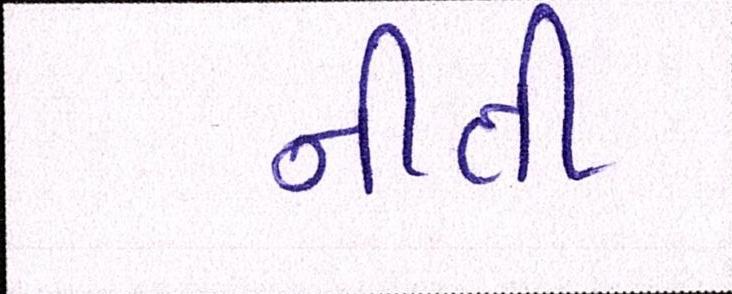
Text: નીતી